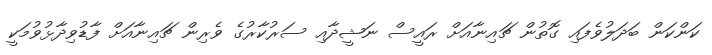
ކަންކަން ބަދަލުވެފައި ގޮތުން ޗައިނާއަށް ރައީސް ނަޝީދާއި ސަރުކާރުގެ ވެރިން ޗައިނާއަށް ފާޑުވިދާޅުވުމަކީ